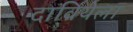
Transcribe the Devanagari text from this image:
दावियेला